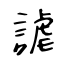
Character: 謔